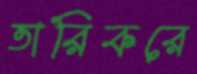
তারিকরে